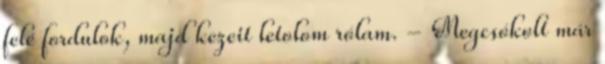
felé fordulok, majd kezeit letolom rólam. - Megcsókolt már